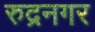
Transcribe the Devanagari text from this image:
रुद्रनगर